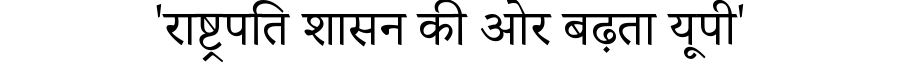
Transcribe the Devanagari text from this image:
'राष्ट्रपति शासन की ओर बढ़ता यूपी'